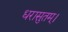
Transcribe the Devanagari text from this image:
धरासुतम्।